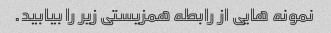
نمونه هایی از رابطه همزیستی زیر را بیابید.